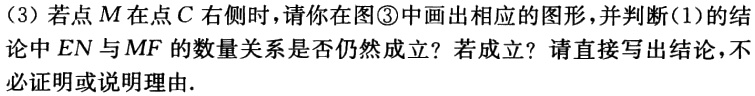
（3）若点\(M\)在点\(C\)右侧时，请你在图\textcircled{3}中画出相应的图形，并判断(1)的结论中\(EN\)与\(MF\)的数量关系是否仍然成立？若成立？请直接写出结论，不必证明或说明理由.